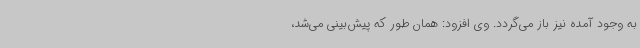
به وجود آمده نیز باز می‌گردد. وی افزود: همان طور که پیش‌بینی می‌شد،